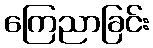
ကြေညာခြင်း